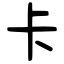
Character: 卡